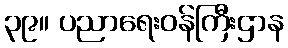
၃၉။ ပညာရေးဝန်ကြီးဌာန